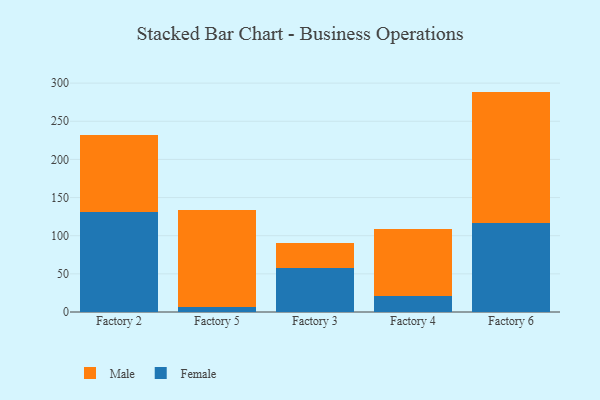
{"axis": {"x": "Factory", "y": "Market Share (%)"}, "legend": ["Female", "Male"], "data": [{"x": "Factory 2", "y": 131.0, "type": "Female"}, {"x": "Factory 2", "y": 100.7, "type": "Male"}, {"x": "Factory 5", "y": 6.8, "type": "Female"}, {"x": "Factory 5", "y": 127.4, "type": "Male"}, {"x": "Factory 3", "y": 57.4, "type": "Female"}, {"x": "Factory 3", "y": 33.5, "type": "Male"}, {"x": "Factory 4", "y": 20.6, "type": "Female"}, {"x": "Factory 4", "y": 88.7, "type": "Male"}, {"x": "Factory 6", "y": 116.7, "type": "Female"}, {"x": "Factory 6", "y": 172.2, "type": "Male"}]}